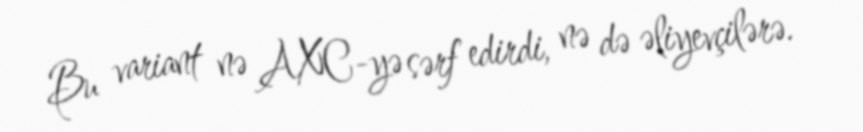
Bu variant nə AXC-yə sərf edirdi, nə də əliyevçilərə.